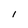
Character: l